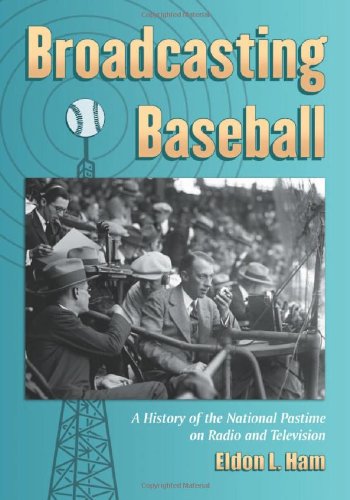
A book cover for Broadcasting Baseball: A History of the National Pastime on Radio and Television; Eldon L. Ham; Humor & Entertainment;